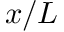
x / L